Indian journal of veterinary science and animal husbandry - Volume 7,
Year: 1937
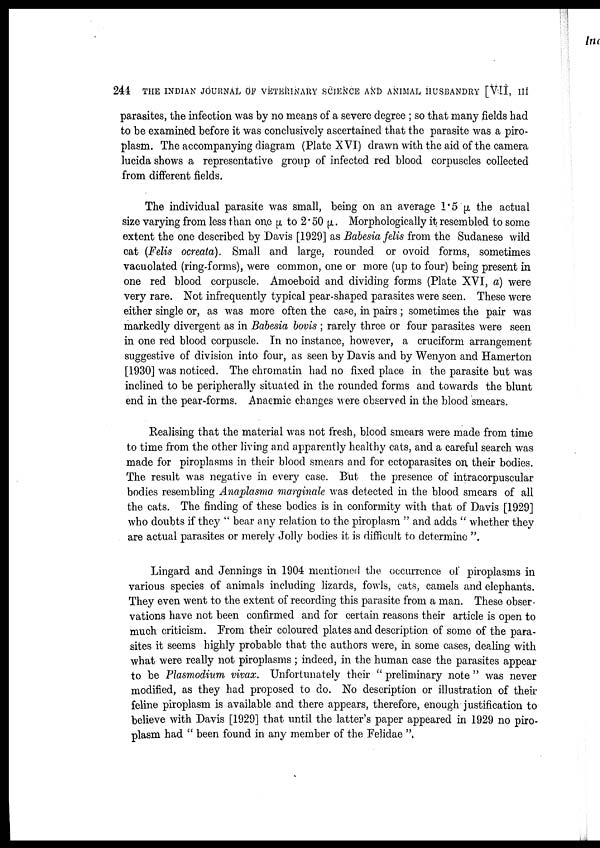
244 THE INDIAN JOURNAL OF VETERINARY SCIENCE AND ANIMAL HUSBANDRY [VII, III
parasites, the infection was by no means of a severe degree ; so that many fields had
to be examined before it was conclusively ascertained that the parasite was a piro-
plasm. The accompanying diagram (Plate XVI) drawn with the aid of the camera
lucida shows a representative group of infected red blood corpuscles collected
from different fields.
The individual parasite was small, being on an average 1.5 µ the actual
size varying from less than one µ to 2.50 µ.. Morphologically it resembled to some
extent the one described by Davis [1929] as Babesia felis from the Sudanese wild
cat (Felis ocreata). Small and large, rounded or ovoid forms, sometimes
vacuolated (ring-forms), were common, one or more (up to four) being present in
one red blood corpuscle. Amoeboid and dividing forms (Plate XVI, a) were
very rare. Not infrequently typical pear-shaped parasites were seen. These were
either single or, as was more often the case, in pairs ; sometimes the pair was
markedly divergent as in Babesia bovis ; rarely three or four parasites were seen
in one red blood corpuscle. In no instance, however, a cruciform arrangement
suggestive of division into four, as seen by Davis and by Wenyon and Hamerton
[1930] was noticed. The chromatin had no fixed place in the parasite but was
inclined to be peripherally situated in the rounded forms and towards the blunt
end in the pear-forms. Anaemic changes were observed in the blood smears.
Realising that the material was not fresh, blood smears were made from time
to time from the other living and apparently healthy cats, and a careful search was
made for piroplasms in their blood smears and for ectoparasites on, their bodies.
The result was negative in every case. But the presence of intracorpuscular
bodies resembling Anaplasma marginale was detected in the blood smears of all
the cats. The finding of these bodies is in conformity with that of Davis [1929]
who doubts if they " bear any relation to the piroplasm " and adds " whether they
are actual parasites or merely Jolly bodies it is difficult to determine ".
Lingard and Jennings in 1904 mentioned the occurrence of piroplasms in
various species of animals including lizards, fowls, cats, camels and elephants.
They even went to the extent of recording this parasite from a man. These obser
vations have not been confirmed and for certain reasons their article is open to
much criticism. From their coloured plates and description of some of the para-
sites it seems highly probable that the authors were, in some cases, dealing with
what were really not piroplasms ; indeed, in the human case the parasites appear
to be Plasmodium vivax. Unfortunately their " preliminary note " was never
modified, as they had proposed to do. No description or illustration of their
feline piroplasm is available and there appears, therefore, enough justification to
believe with Davis [1929] that until the latter's paper appeared in 1929 no piro-
plasm had " been found in any member of the Felidae ".